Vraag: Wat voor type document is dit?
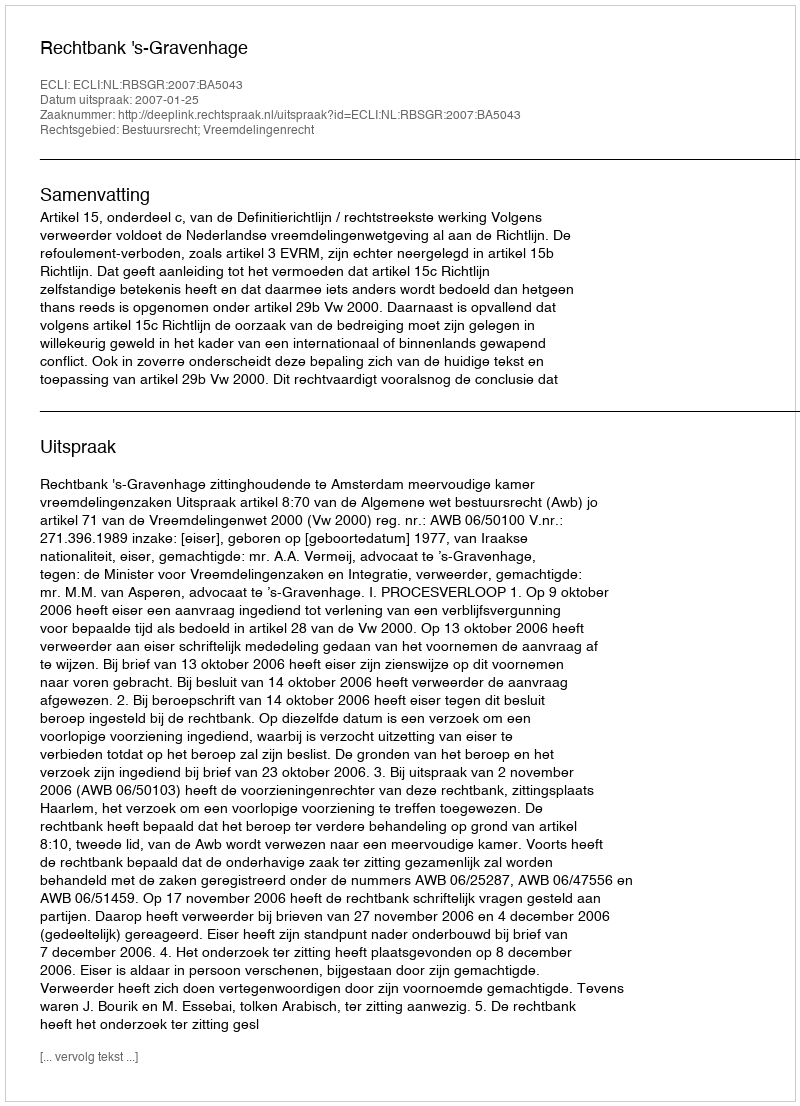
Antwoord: Uitspraak